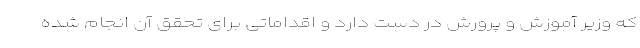
که وزیر آموزش و پرورش در دست دارد و اقداماتی برای تحقق آن انجام شده